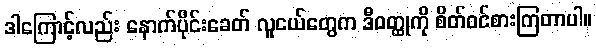
ဒါကြောင့်လည်း နောက်ပိုင်းခေတ် လူငယ်တွေက ဒီဝတ္ထုကို စိတ်ဝင်စားကြတာပါ။